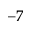
^ { - 7 }